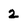
Character: 2